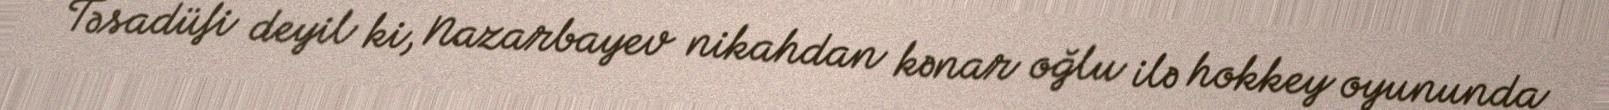
Təsadüfi deyil ki, Nazarbayev nikahdan kənar oğlu ilə hokkey oyununda